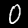
Digit: 0